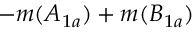
- m ( A _ { 1 a } ) + m ( B _ { 1 a } )